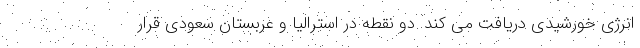
انرژی خورشیدی دریافت می کند. دو نقطه در استرالیا و عربستان سعودی قرار